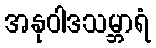
အနုဝါဒသမ္ဘာရံ